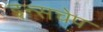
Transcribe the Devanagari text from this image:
इन्सचेप